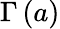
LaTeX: \Gamma\left(a\right)